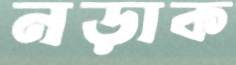
নড়াক